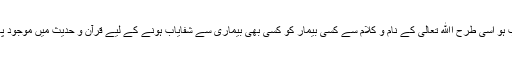
جیسے صحیح تشخیص کے بعد معیاری دواؤں کے استعمال سے امید کی جا سکتی ہے کہ مریض شفایاب ہو اسی طرح اﷲ تعالیٰ کے نام و کلام سے کسی بیمار کو کسی بھی بیماری سے شفایاب ہونے کے لیے قرآن و حدیث میں موجود پاک کلام سے جھاڑ پھونک یعنی دم کرنے سے مریض کے شفایاب ہونے کی قوی امید کی جا سکتی ہے۔